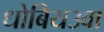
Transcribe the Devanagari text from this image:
धोबियउवा